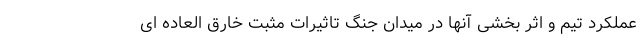
عملکرد تیم و اثر بخشی آنها در میدان جنگ تاثیرات مثبت خارق العاده ای